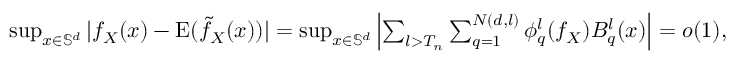
\begin{array} { r } { \operatorname* { s u p } _ { x \in \mathbb { S } ^ { d } } | f _ { X } ( x ) - \mathrm { E } ( \tilde { f } _ { X } ( x ) ) | = \operatorname* { s u p } _ { x \in \mathbb { S } ^ { d } } \left| \sum _ { l > T _ { n } } \sum _ { q = 1 } ^ { N ( d , l ) } \phi _ { q } ^ { l } ( f _ { X } ) B _ { q } ^ { l } ( x ) \right| = o ( 1 ) , } \end{array}